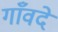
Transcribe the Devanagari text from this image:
गाँवदे